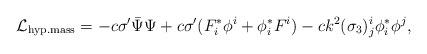
LaTeX: \begin{align*}{\cal L}_{\rm hyp.mass} = - c \sigma' \bar{\Psi} \Psi + c \sigma' (F^*_i\phi^i + \phi^*_iF^i) - ck^2 (\sigma_3)^i_j \phi^*_i \phi^j,\end{align*}